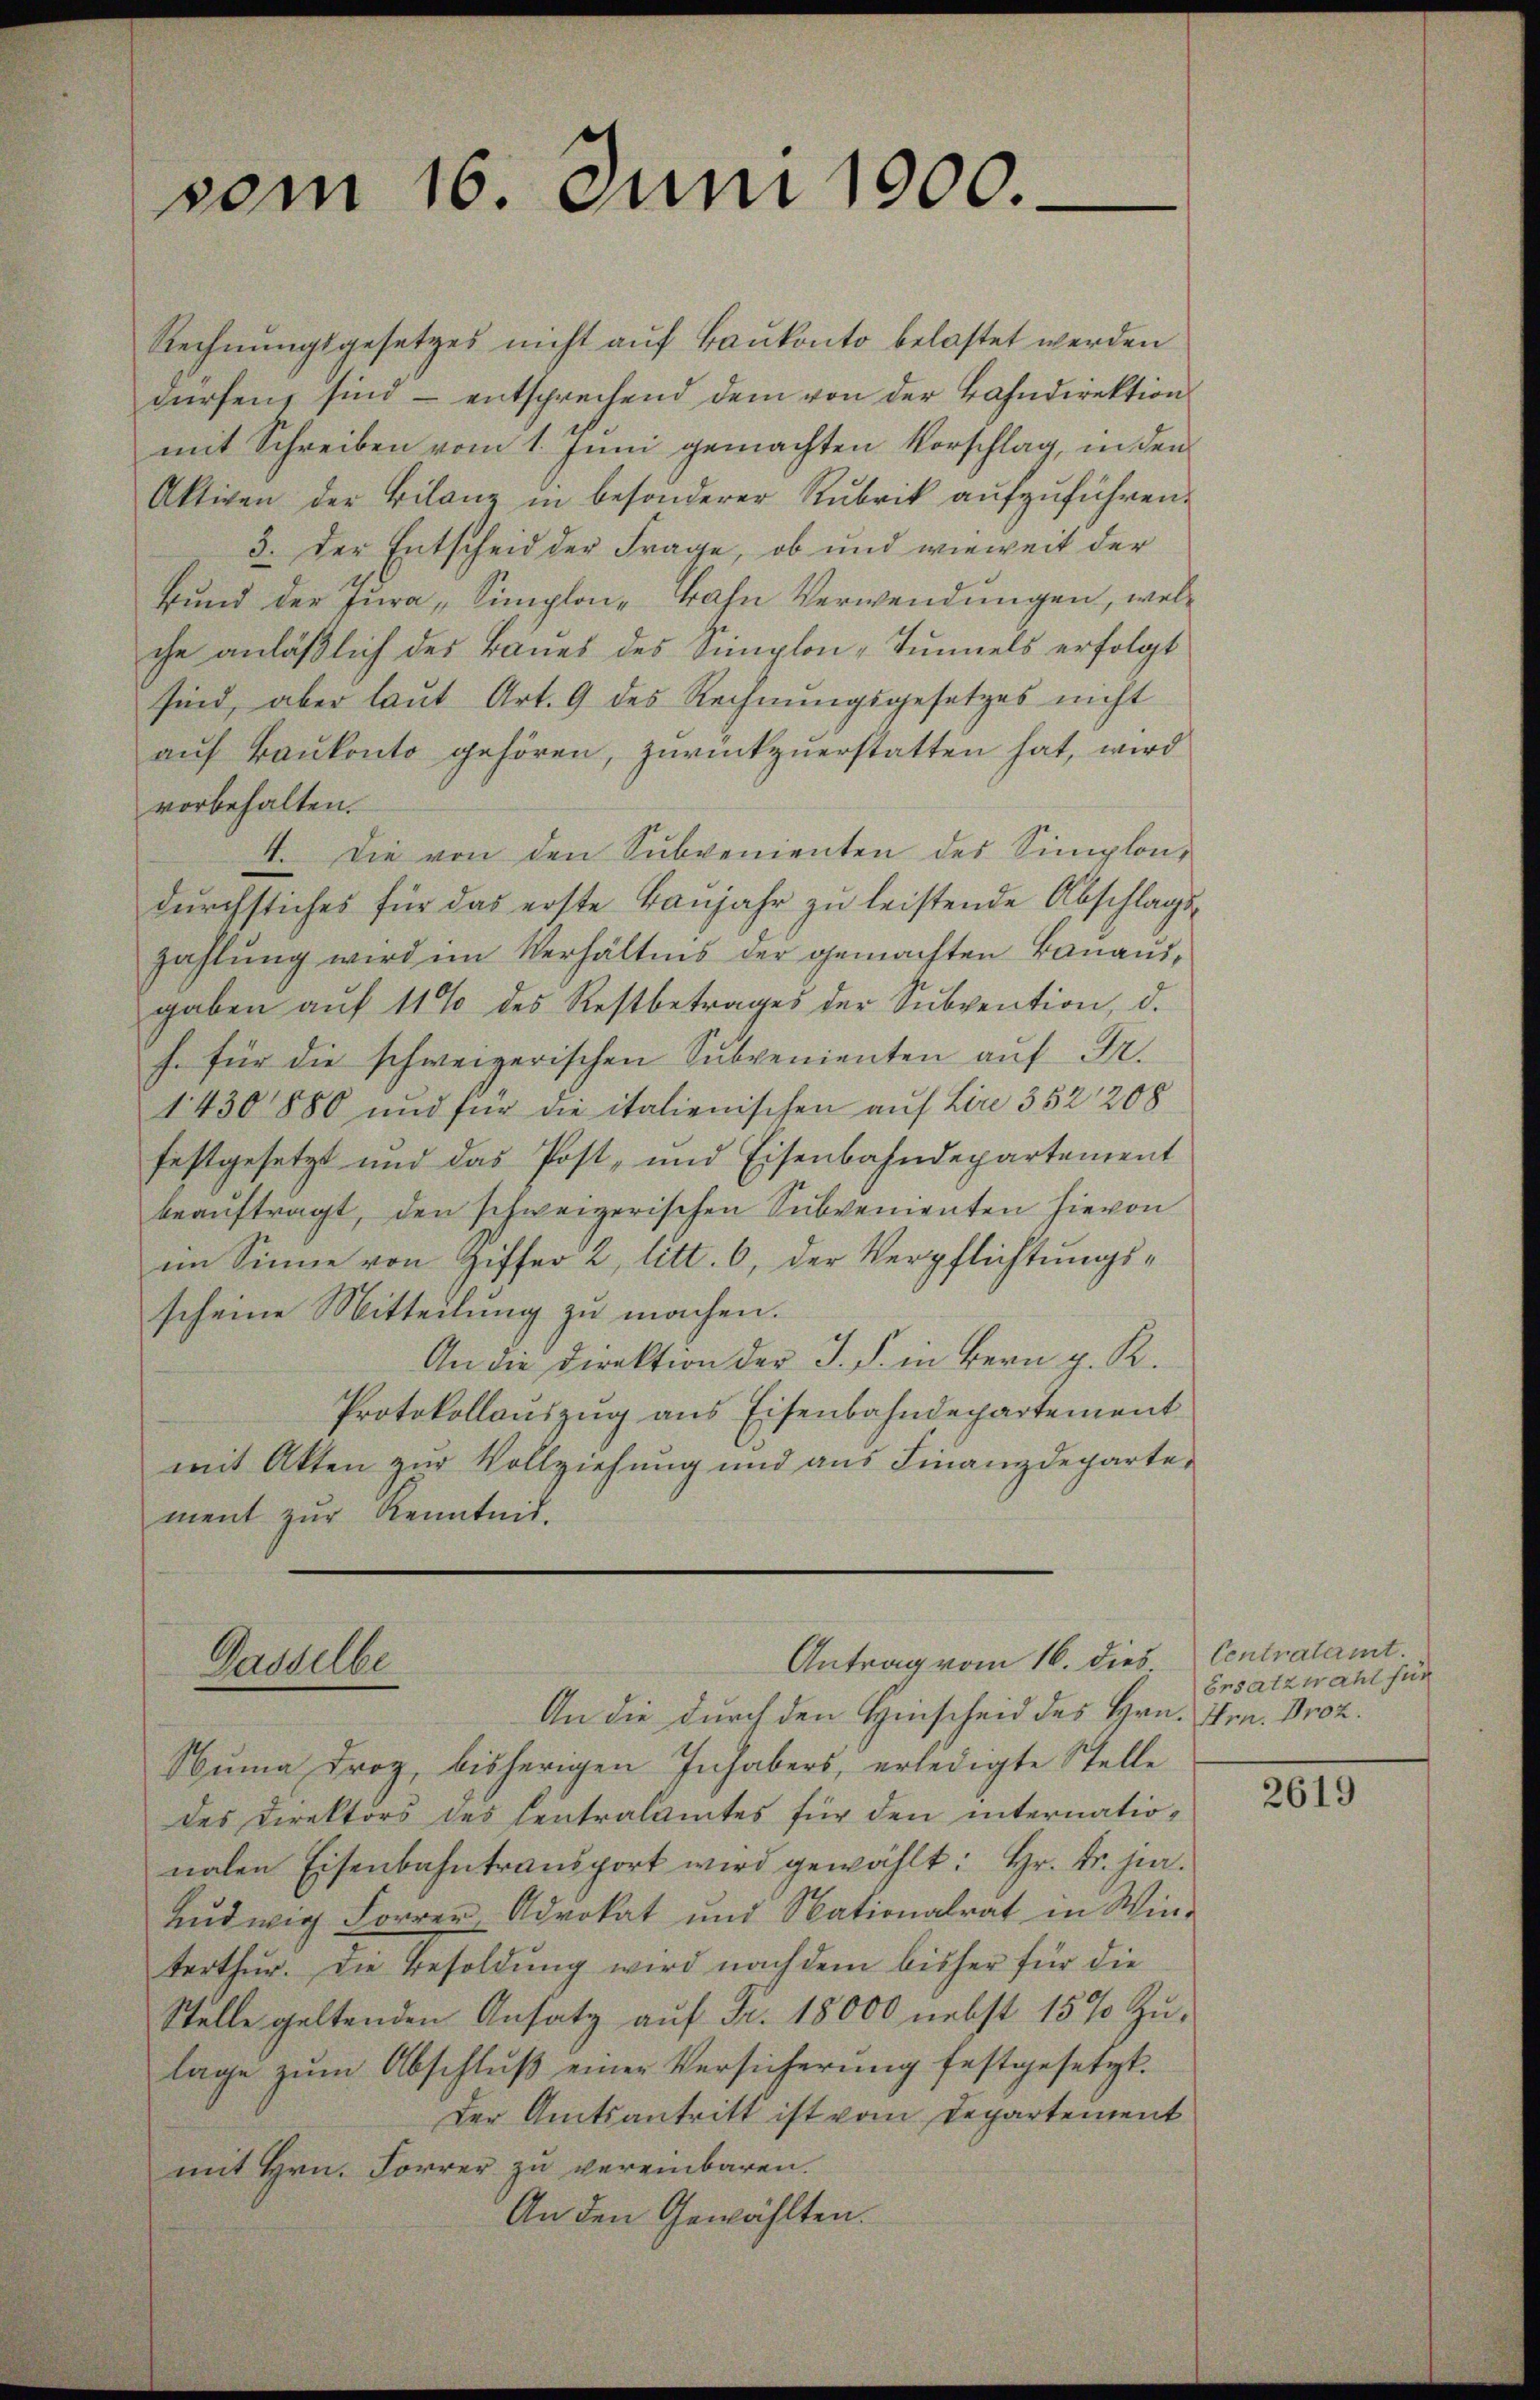
Rechnungsgesetzes nicht auf Baukonto belastet werden
dürfen, sind – entsprechend dem von der Bahndirektion
mit Schreiben vom 1. Juni gemachten Vorschlag, in den
Aktiven der Bilanz in besonderer Rubrik aŭfzŭführen.
3. Der Entscheid der Frage, ob und wieweit der
Bund der Jura, Simplon Bahn Verwendungen, welche anläßlich des Baues des Simplon-Tunnels erfolgt
sind, aber laut Art. 9 des Rechnungsgesetzes nicht
auf Bankonto gehören, zurückzuerstatten hat, wird
vorbehalten.
4. Die von den Subvenienten des Simplondŭrchstiches für das erste Baŭjahr zŭ leistende Abschlags-
zahlung wird im Verhältnis der gemachten Banausgaben aŭf 11% des Restbetrages der Subvention, d.
h. für die schweizerischen Subvenienten aŭf Fr.
1430, 1880 und für die italienischen auf Lire 352 208
festgesetzt und das Post- und Eisenbahndepartement
beauftragt, den schweizerischen Subvementen hievon
im Sinne von Giffer 2, litt. 6, der Verpflichtungsscheine Mitteilung zu machen.
An die Direktion der J. P. in Bern p. K.
Protokollauszug aus Eisenbahndepartement
mit Akten zur Vollziehung und aus Finanzdepartement zur Kenntnis.

vom 16. Juni 1900.

Gasselbe

An die durch den Hinscheid des Hrn. Fr. 1102.
Numa Froz, bisherigen Inhabers, erledigte Stelle
des Direktors des Centralamtes für den internatio-
nalen Eisenbahntransport wird gewählt: Hr. Fr. hie¬
Ludwig Forrer Advokat und Nationalrat in Win-
terthur. Die Besoldŭng wird nach dem bisher für die
Stelle geltenden Ansatz auf Fr. 18000 nebst 15% Zŭ-
lage zum Abschluß einer Versicherung festgesetzt.
Der Amtsantritt ist vom Departement
mit Hrn. Forrer zu vereinbaren.
An den Gewählten.

Antrag vom 16. dies

Centratamt.
Ersatzwahl für

2619